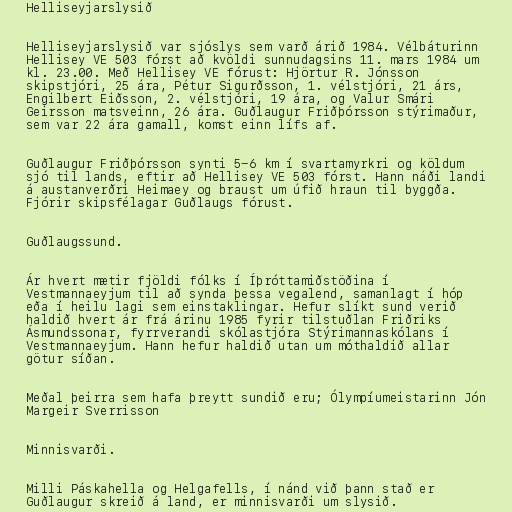
Helliseyjarslysið

Helliseyjarslysið var sjóslys sem varð árið 1984. Vélbáturinn
Hellisey VE 503 fórst að kvöldi sunnudagsins 11. mars 1984 um
kl. 23.00. Með Hellisey VE fórust: Hjörtur R. Jónsson
skipstjóri, 25 ára, Pétur Sigurðsson, 1. vélstjóri, 21 árs,
Engilbert Eiðsson, 2. vélstjóri, 19 ára, og Valur Smári
Geirsson matsveinn, 26 ára. Guðlaugur Friðþórsson stýrimaður,
sem var 22 ára gamall, komst einn lífs af.

Guðlaugur Friðþórsson synti 5-6 km í svartamyrkri og köldum
sjó til lands, eftir að Hellisey VE 503 fórst. Hann náði landi
á austanverðri Heimaey og braust um úfið hraun til byggða.
Fjórir skipsfélagar Guðlaugs fórust.

Guðlaugssund.

Ár hvert mætir fjöldi fólks í Íþróttamiðstöðina í
Vestmannaeyjum til að synda þessa vegalend, samanlagt í hóp
eða í heilu lagi sem einstaklingar. Hefur slíkt sund verið
haldið hvert ár frá árinu 1985 fyrir tilstuðlan Friðriks
Ásmundssonar, fyrrverandi skólastjóra Stýrimannaskólans í
Vestmannaeyjum. Hann hefur haldið utan um móthaldið allar
götur síðan.

Meðal þeirra sem hafa þreytt sundið eru; Ólympíumeistarinn Jón
Margeir Sverrisson

Minnisvarði.

Milli Páskahella og Helgafells, í nánd við þann stað er
Guðlaugur skreið á land, er minnisvarði um slysið.